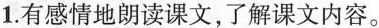
1.有感情地朗读课文，了解课文内容。